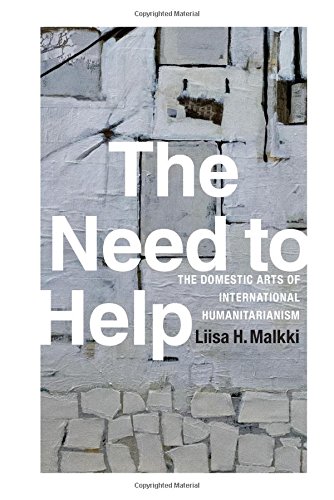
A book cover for The Need to Help: The Domestic Arts of International Humanitarianism; Liisa H. Malkki; Politics & Social Sciences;